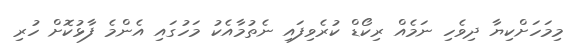
މިމަހަށްކިޔާ ދިވެހި ނަމެއް ރިކޯޑް ކުރެވިފައި ނެތުމާއެކު މަހުގައި އެންމެ ފާޅުކޮށް ހުރި